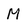
Character: M